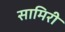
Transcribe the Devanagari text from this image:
सामिरी